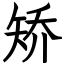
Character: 矫